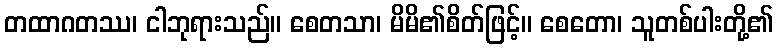
တထာဂတဿ၊ ငါဘုရားသည်။ စေတသာ၊ မိမိ၏စိတ်ဖြင့်။ စေတော၊ သူတစ်ပါးတို့၏